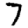
Digit: 7